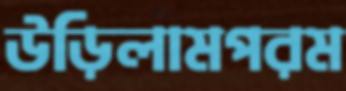
উড়িলামপরম